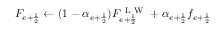
F _ { { e + \frac { 1 } { 2 } } } \gets ( 1 - \alpha _ { { e + \frac { 1 } { 2 } } } ) F _ { { e + \frac { 1 } { 2 } } } ^ { \mathrm { ~ L ~ W ~ } } + \alpha _ { { e + \frac { 1 } { 2 } } } f _ { { e + \frac { 1 } { 2 } } }